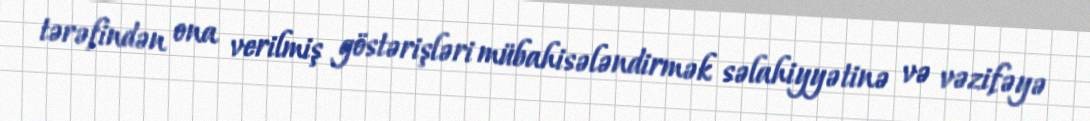
tərəfindən ona verilmiş göstərişləri mübahisələndirmək səlahiyyətinə və vəzifəyə